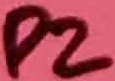
Text: P2